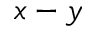
x - y